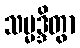
သမ္မဒ္ဒိတွာ